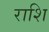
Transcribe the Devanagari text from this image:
राशि